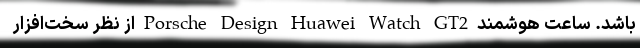
باشد. ساعت هوشمند Porsche Design Huawei Watch GT2 از نظر سخت‌افزار